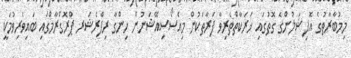
މިމުބާރާތުގެ އޮފިޝަލުންގެ ގޮތުގައި ޚަރަކާތްތެރިވާ ފަރާތަކުން މިއެސޯސިއޭޝަނުން ހިންގާ ރިފްރެޝަރ ޕްރޮގްރާމްގައި ބައިވެރިވުމަކީ